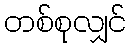
တစ်စုလျှင်